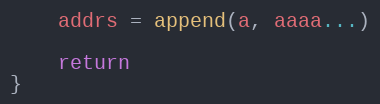
Language: Go
	addrs = append(a, aaaa...)

	return
}